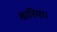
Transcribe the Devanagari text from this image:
खारिया।